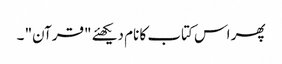
پھر اس کتاب کا نام دیکھئے "قرآن" ۔